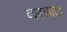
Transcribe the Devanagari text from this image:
व्यवस्थता